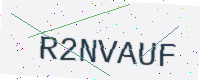
Text: R2NVAUF